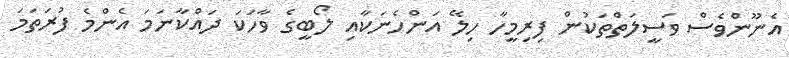
އެނޫންވެސް ވަސީލަތްތަކުން ފިރިމީހާ ހިލޭ އަންހެނަކާއި ލޯބީގެ ވާހަކަ ދައްކާނަމަ އެންމެ ފުރަތަމަ